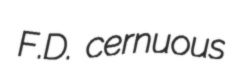
F.D. cernuous